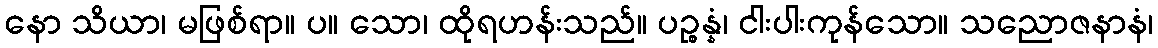
နော သိယာ၊ မဖြစ်ရာ။ ပ။ သော၊ ထိုရဟန်းသည်။ ပဉ္စန္နံ၊ ငါးပါးကုန်သော။ သညောဇနာနံ၊